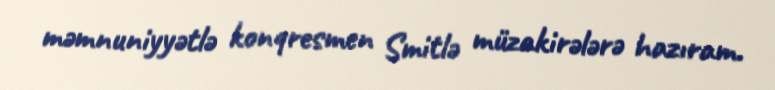
məmnuniyyətlə konqresmen Smitlə müzakirələrə hazıram.